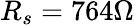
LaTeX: R_{s}=764\Omega